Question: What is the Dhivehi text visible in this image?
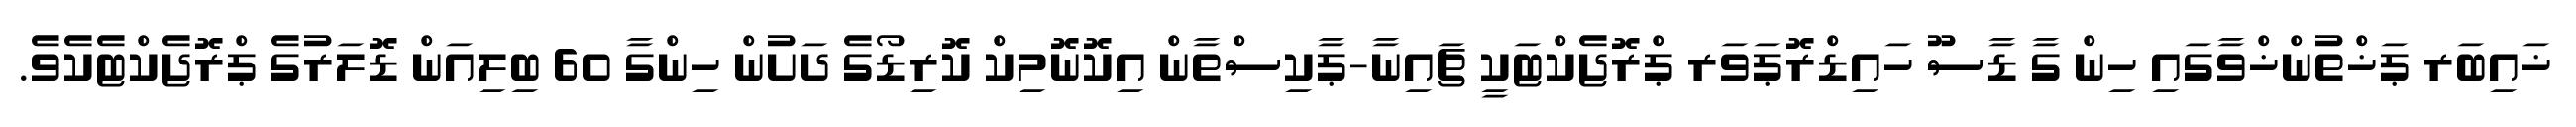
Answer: ޚައިބަރ ޕަޚްތުންޚްވާގައި ހިން ގާ ޑާސޫ ހައިޑްރޮޕަވަރ ޕްރޮޖެކްޓަކީ ޗައިނާ-ޕާކިސްތާން އިކޮނޮމިކް ކޮރިޑޯގެ ދަށުން ހިންގާ 60 ބިލިއަން ޑޮލަރުގެ ޕްރޮޖެކްޓެކެވެ.